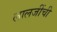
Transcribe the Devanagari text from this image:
लालजींची